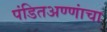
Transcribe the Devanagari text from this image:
पंडितअण्णांचा